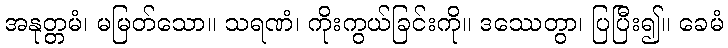
အနုတ္တမံ၊ မမြတ်သော။ သရဏံ၊ ကိုးကွယ်ခြင်းကို။ ဒဿေတွာ၊ ပြပြီး၍။ ခေမံ